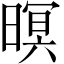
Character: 暝